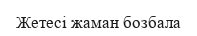
Жетесі жаман бозбала